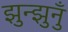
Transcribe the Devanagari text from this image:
झुन्झुनुँ